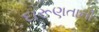
દારૂણતાની